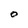
Character: O